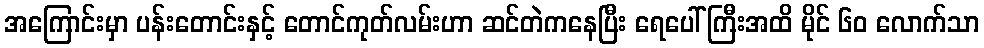
အကြောင်းမှာ ပန်းတောင်းနှင့် တောင်ကုတ်လမ်းဟာ ဆင်တဲကနေပြီး ရေပေါ်ကြီးအထိ မိုင် ၆၀ လောက်သာ